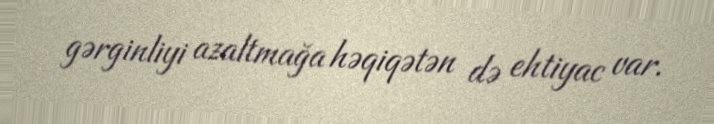
gərginliyi azaltmağa həqiqətən də ehtiyac var.